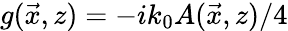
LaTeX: g(\vec{x},z)=-ik_{0}A(\vec{x},z)/4